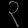
Digit: ၃